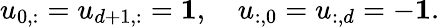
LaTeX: u_{0,:}=u_{d+1,:}=\mathbf{1},\quad u_{:,0}=u_{:,d}=-\mathbf{1}.